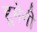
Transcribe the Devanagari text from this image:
हुमेनी